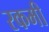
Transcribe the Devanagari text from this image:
रकमी